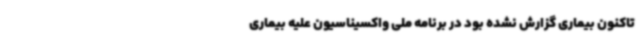
تاکنون بیماری گزارش نشده بود در برنامه ملی واکسیناسیون علیه بیماری